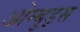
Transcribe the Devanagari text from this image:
ओम्बुड्स